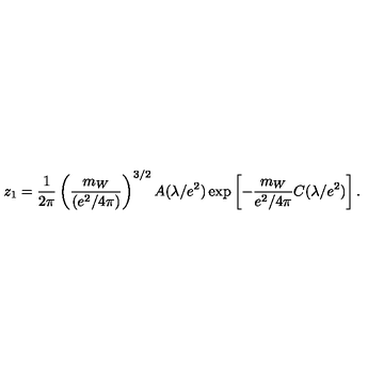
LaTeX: z _ { 1 } = { \frac { 1 } { 2 \pi } } \left( { \frac { m _ { W } } { ( e ^ { 2 } / 4 \pi ) } } \right) ^ { 3 / 2 } A ( \lambda / e ^ { 2 } ) \exp \left[ - { \frac { m _ { W } } { e ^ { 2 } / 4 \pi } } C ( \lambda / e ^ { 2 } ) \right] .